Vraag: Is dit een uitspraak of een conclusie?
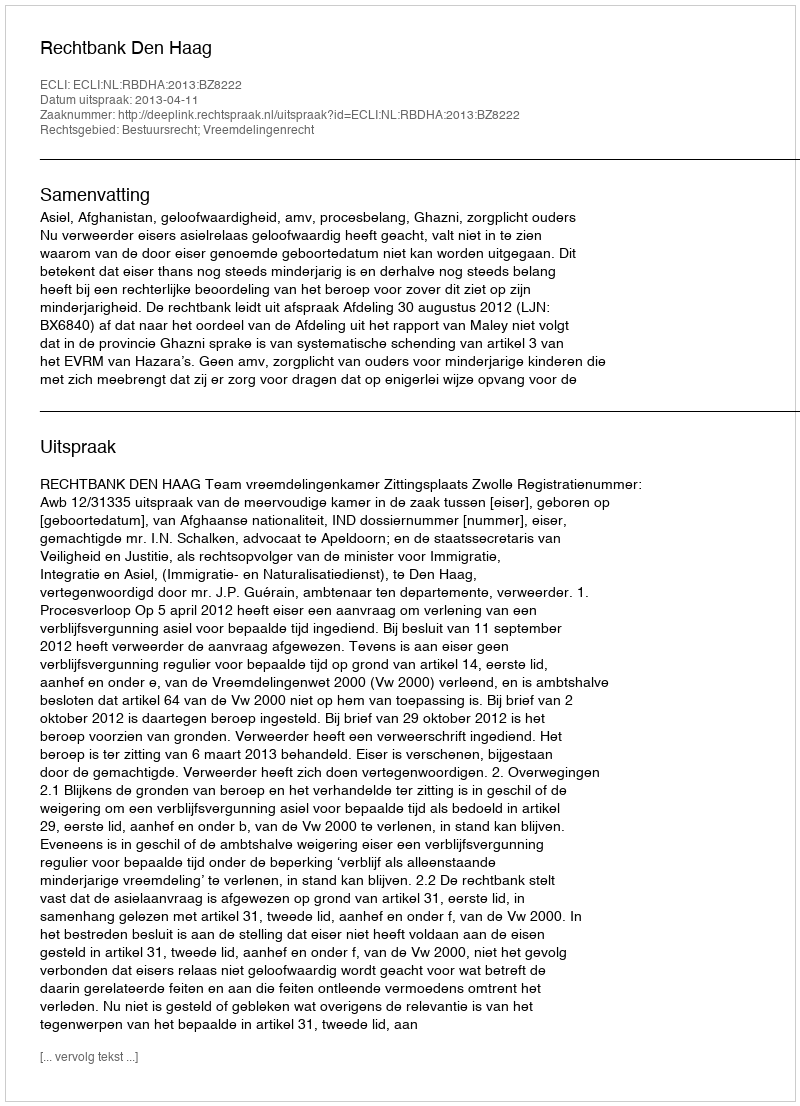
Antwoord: Uitspraak